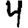
Digit: 4